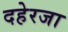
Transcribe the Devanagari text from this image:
दहेरजा